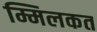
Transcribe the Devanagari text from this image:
म्मिलकत